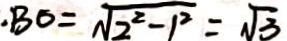
B O = \sqrt { 2 ^ { 2 } - 1 ^ { 2 } } = \sqrt { 3 }